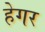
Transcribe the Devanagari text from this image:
हेगर